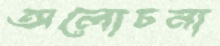
অলোচনা